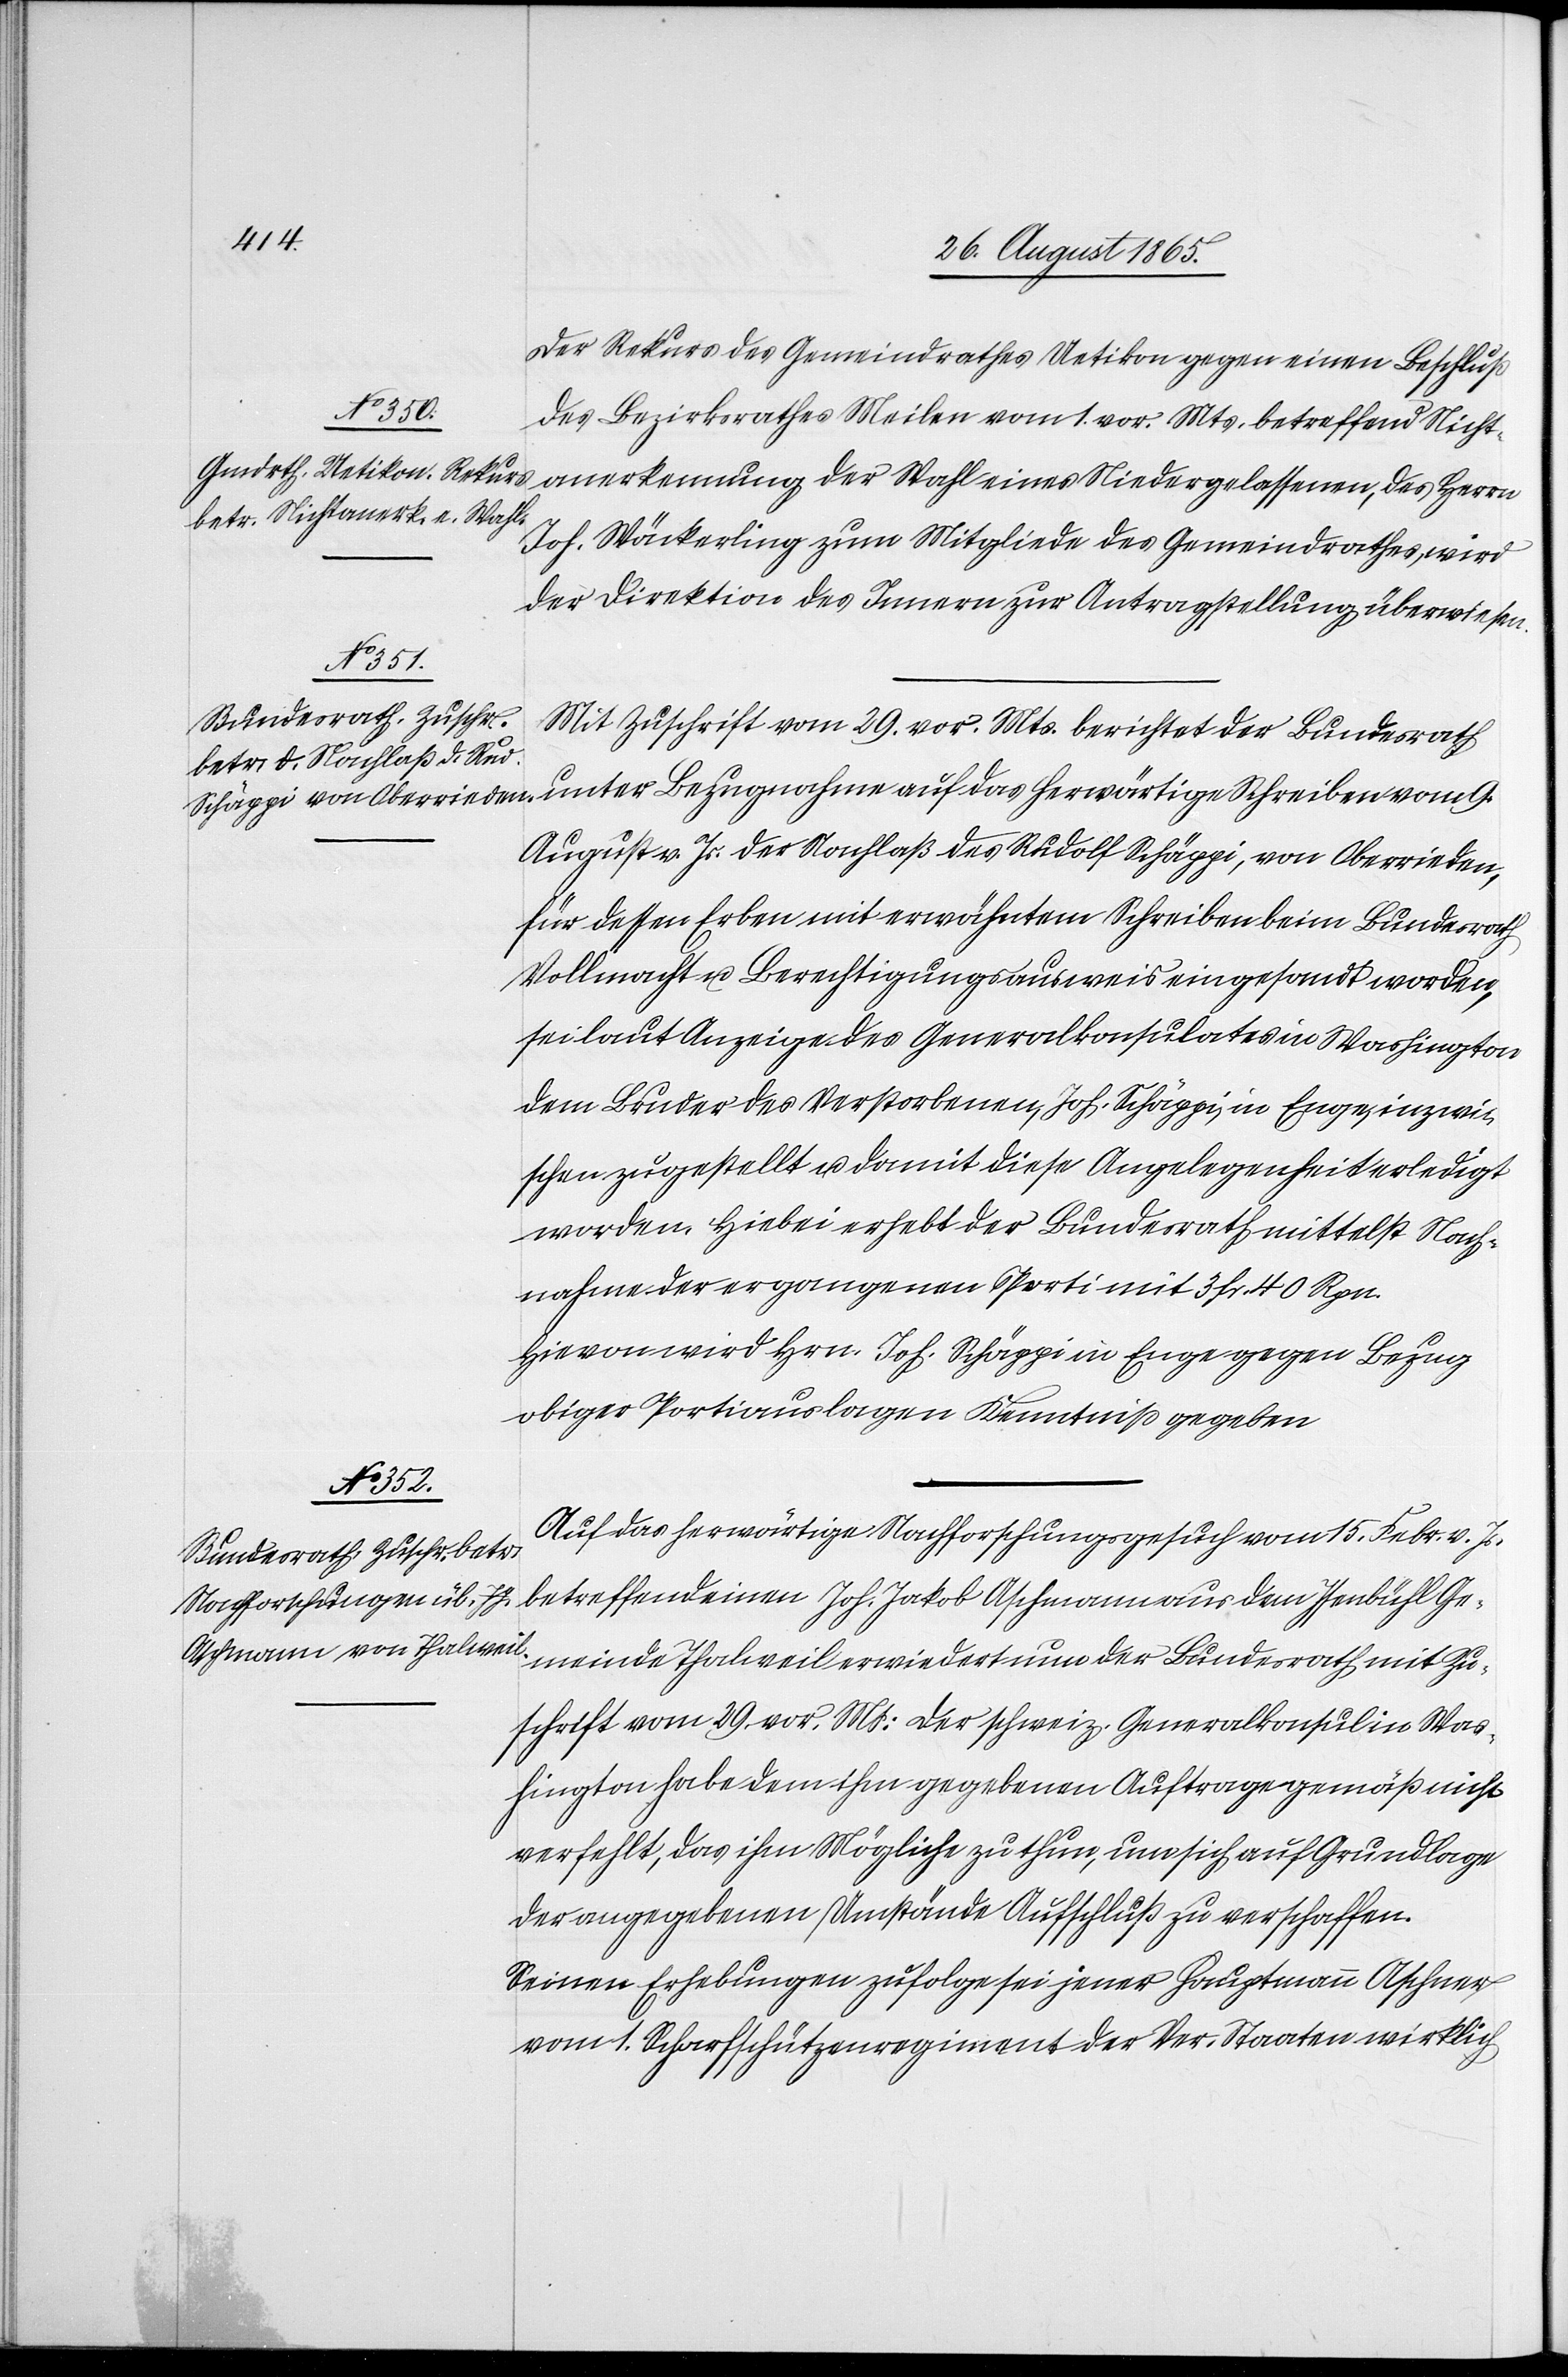
Der Rekurs des Gemeindrathes Uetikon gegen einen Beschluß
des Bezirksrathes Meilen vom 1. vor. Mts. betreffend Nicht¬
anerkennung der Wahl einer Niedergelassenen, des Herrn
Joh. Wäckerling zum Mitgliede des Gemeindrathes, wird
der Direktion des Innern zur Antragstellung überwiesen.
meinde
Mit Zuschrift vom 29. vor. Mts. berichtet der Bundesrath
August v. Js. der Nachlaß des Rudolf Schäppi, von Oberrieden,
für dessen Eren mit erwähntem Schreiben beim Bundesrath
Vollmacht u. Berechtigungsausweis eingesandt worden,
sei laut Anzeige des Generalkonsulates in Washington
dem Bruder des Verstorbenen, Joh. Schäppi, in Enge, inzwi¬
schen zugestellt u. damit diese Angelegenheit erledigt
worden. Hiebei erhebt der Bundesrath mittelst Nach¬
nahme der ergangenen Porti mit 3 fr. 40 Rpn.
Hievon wird Hrn. Joh. Schäppi in Enge gegen Bezug
obiger Portiauslagen Kenntniß gegeben.
1865.]
Auf das herwärtige Nachforschungsgesuch vom 15. Febr. v. Js.
betreffend einen Joh. Jakob Aschmann aus dem Isenbühl Ge¬
Zuschrift vom 29. vor. Mts: Der schweiz. Generalkonsul in Was¬
hington habe dem ihm gegebenen Auftrage gemäß nicht
verfehlt, das ihm Mögliche zu thun, um sich auf Grundlage
der angegebenen Umstände Aufschluß zu verschaffen.
Seinen Erhebungen zufolge sei jener Hauptmann Aschner
vom 1. Scharfschützenregiment der Ver. Staaten wirklich